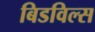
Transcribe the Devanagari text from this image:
बिडविल्स